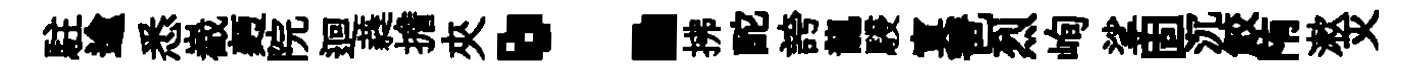
駐逾悉嶻麪院迴蕤擔夾：拂酡誇龍駸寞琶烈峋挲固沉鮫陏漱灭